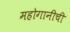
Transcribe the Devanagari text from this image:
महोगानीची